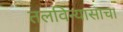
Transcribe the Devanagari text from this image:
तलविन्यासाचा